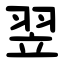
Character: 翌